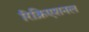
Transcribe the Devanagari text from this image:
रिक्रिएशनल